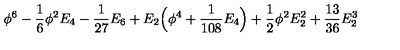
\phi ^ { 6 } - { \frac { 1 } { 6 } } \phi ^ { 2 } E _ { 4 } - { \frac { 1 } { 2 7 } } E _ { 6 } + E _ { 2 } \Big ( \phi ^ { 4 } + { \frac { 1 } { 1 0 8 } } E _ { 4 } \Big ) + { \frac { 1 } { 2 } } \phi ^ { 2 } E _ { 2 } ^ { 2 } + { \frac { 1 3 } { 3 6 } } E _ { 2 } ^ { 3 }